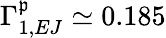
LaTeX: \Gamma_{1,EJ}^{\mathfrak{p}}\simeq0.185